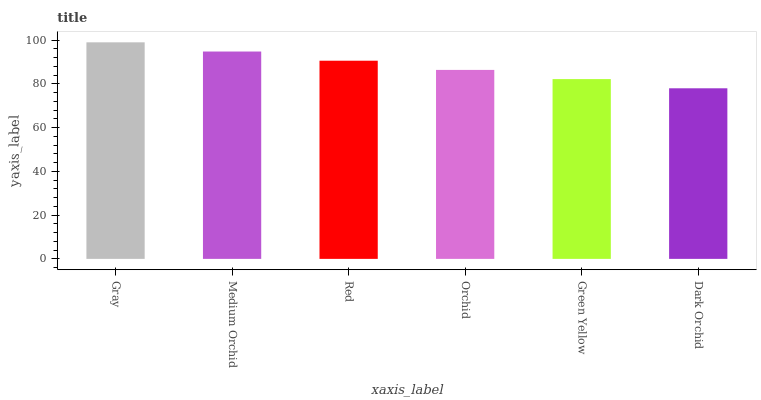
| xaxis_label | bars |
 | --- | --- |
 | Gray | 99 |
 | Medium Orchid | 94.8 |
 | Red | 90.6 |
 | Orchid | 86.4 |
 | Green Yellow | 82.2 |
 | Dark Orchid | 78 |